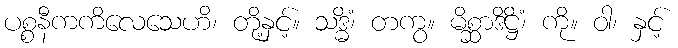
ပစ္စနီကကိလေသေဟိ၊ တို့နှင့်။ သဒ္ဓိံ၊ တကွ။ မိစ္ဆာဒိဋ္ဌိံ၊ ကို။ ဝါ၊ နှင့်